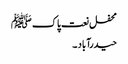
محفل نعت پاک ﷺ
حیدرآباد ۔